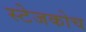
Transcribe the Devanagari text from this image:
स्‍टेजकोच